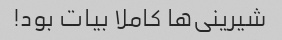
شیرینی‌ها کاملا بیات بود!